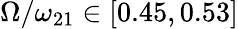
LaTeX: \Omega/\omega_{21}\in[0.45,0.53]